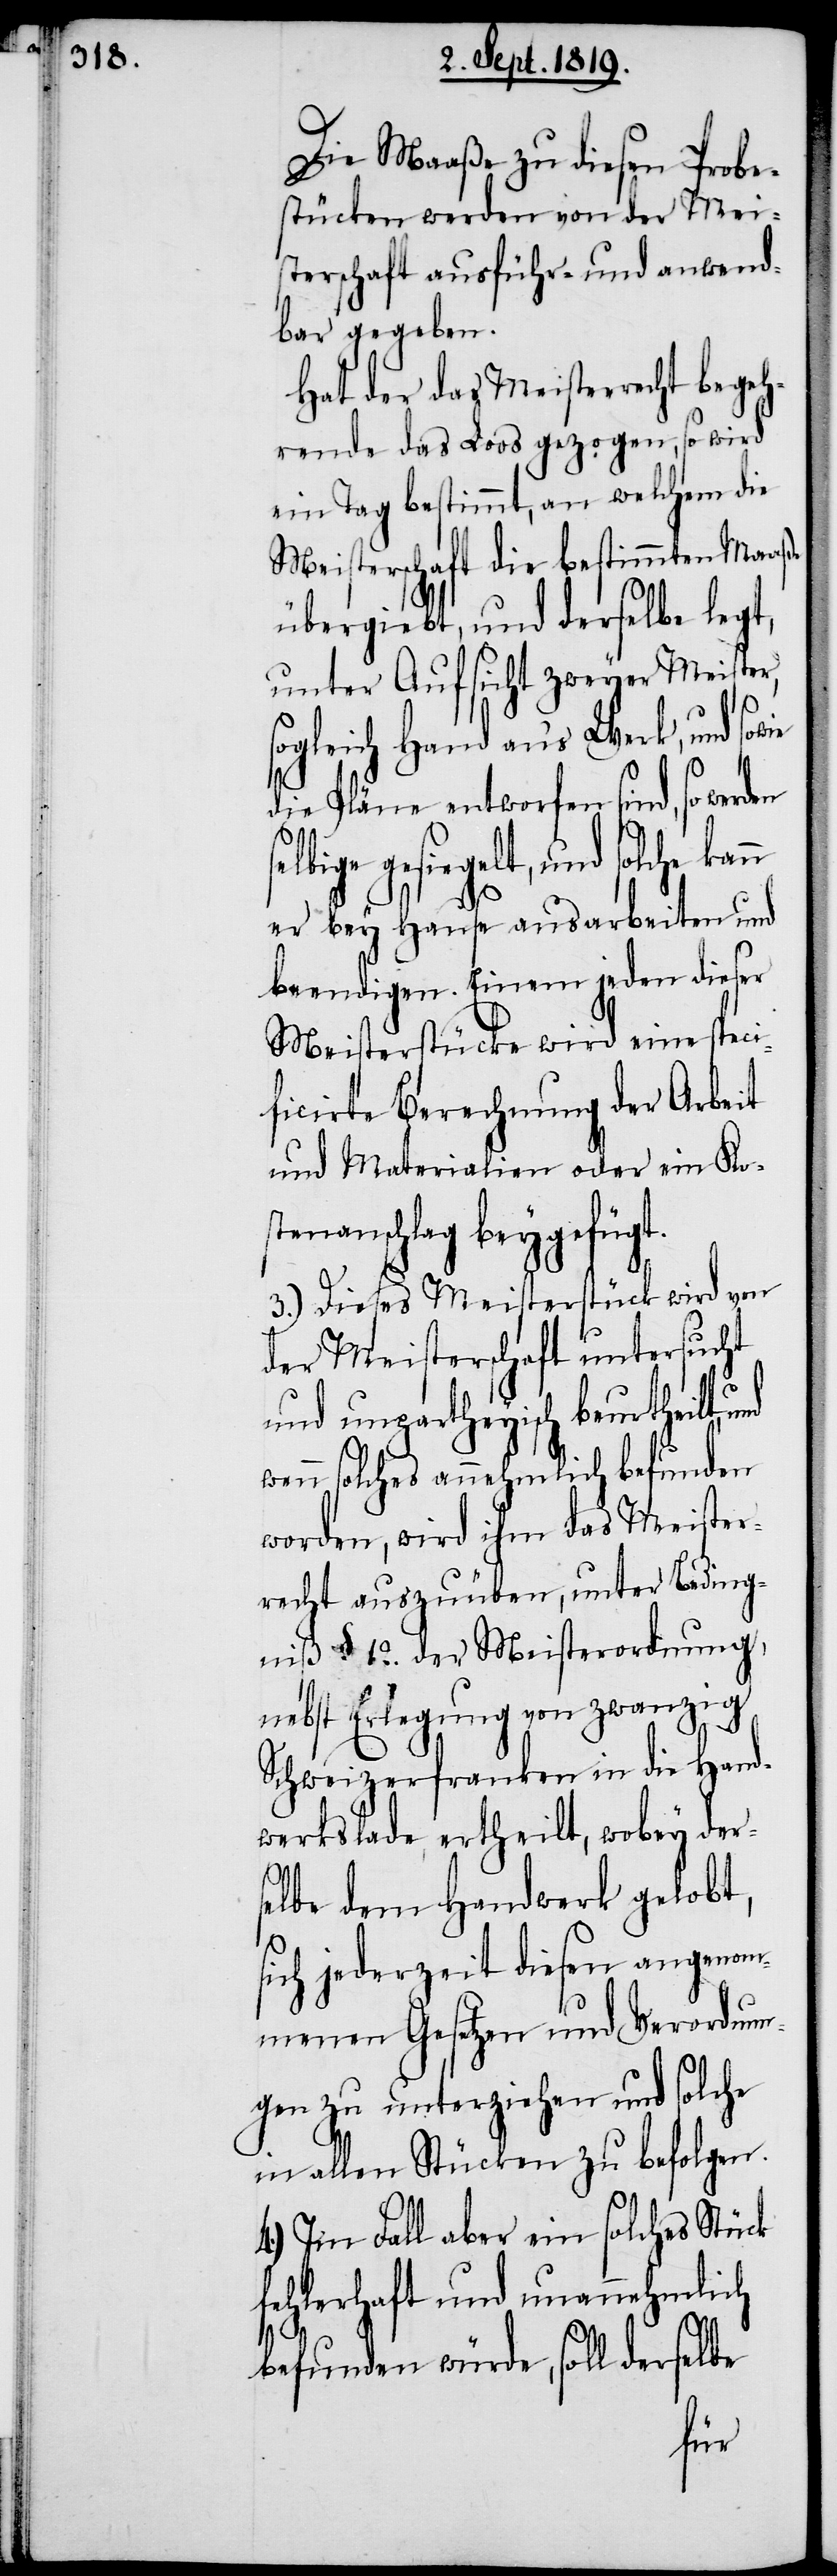
w¬

Die Maaße zu diesen Probe¬
stücken werden von der Mei¬
sterschaft ausführ- und anwend¬
bar gegeben.
Hat der das Meisterrecht begeh¬
rende das Loos gezogen, so wird
ein Tag bestimmt, an welchem die
Meisterschaft die bestimmten Maaße
übergiebt, und derselbe legt,
unter Aufsicht zweyer Meister,
sogleich Hand an’s Werk, und sow¬
s¬
die Pläne entworfen sind, so werden
elbige gesiegelt, und solche
er bey Hause ausarbeiten und
beendigen. Einem jeden dieser
Meisterstücke wird eine speci¬
ficirte Berechnung der Arbeit
und Materialien oder ein Kos¬
tenanschlag beygefügt.
3.) Dieses Meisterstück wird von
der Meisterschaft untersucht
und unpartheyisch beurtheilt,
enn solches annehmlich befunden
worden, wird ihm das Meister¬
recht auszuüben, unter Beding¬
niß §. 12. der Meisterordnung,
nebst Erlegung von zwanzig
Schweizerfranken in die Hand¬
werkslade, ertheilt, wobey ders¬
elbe dem Handwerk gelobt,
sich jederzeit diesen angenom¬
menen Gesetzen und Verordnun¬
gen zu unterziehen und solche
in allen Stücken zu befolgen.
4.) Im Fall aber ein solches Stück
fehlerhaft und unannehmlich
befunden würde, soll derselbe